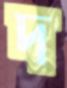
দ